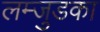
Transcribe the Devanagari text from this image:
लम्जुडका